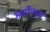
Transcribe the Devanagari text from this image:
अमीनच्या